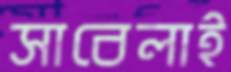
সাবেলাই